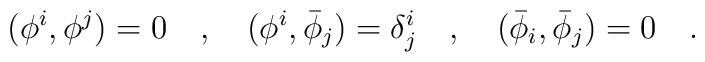
(\phi^i,\phi^j)=0\quad ,\quad (\phi^i,{\bar\phi}_j)=\delta^i_j\quad ,\quad ({\bar\phi}_i,{\bar\phi}_j)=0\quad .